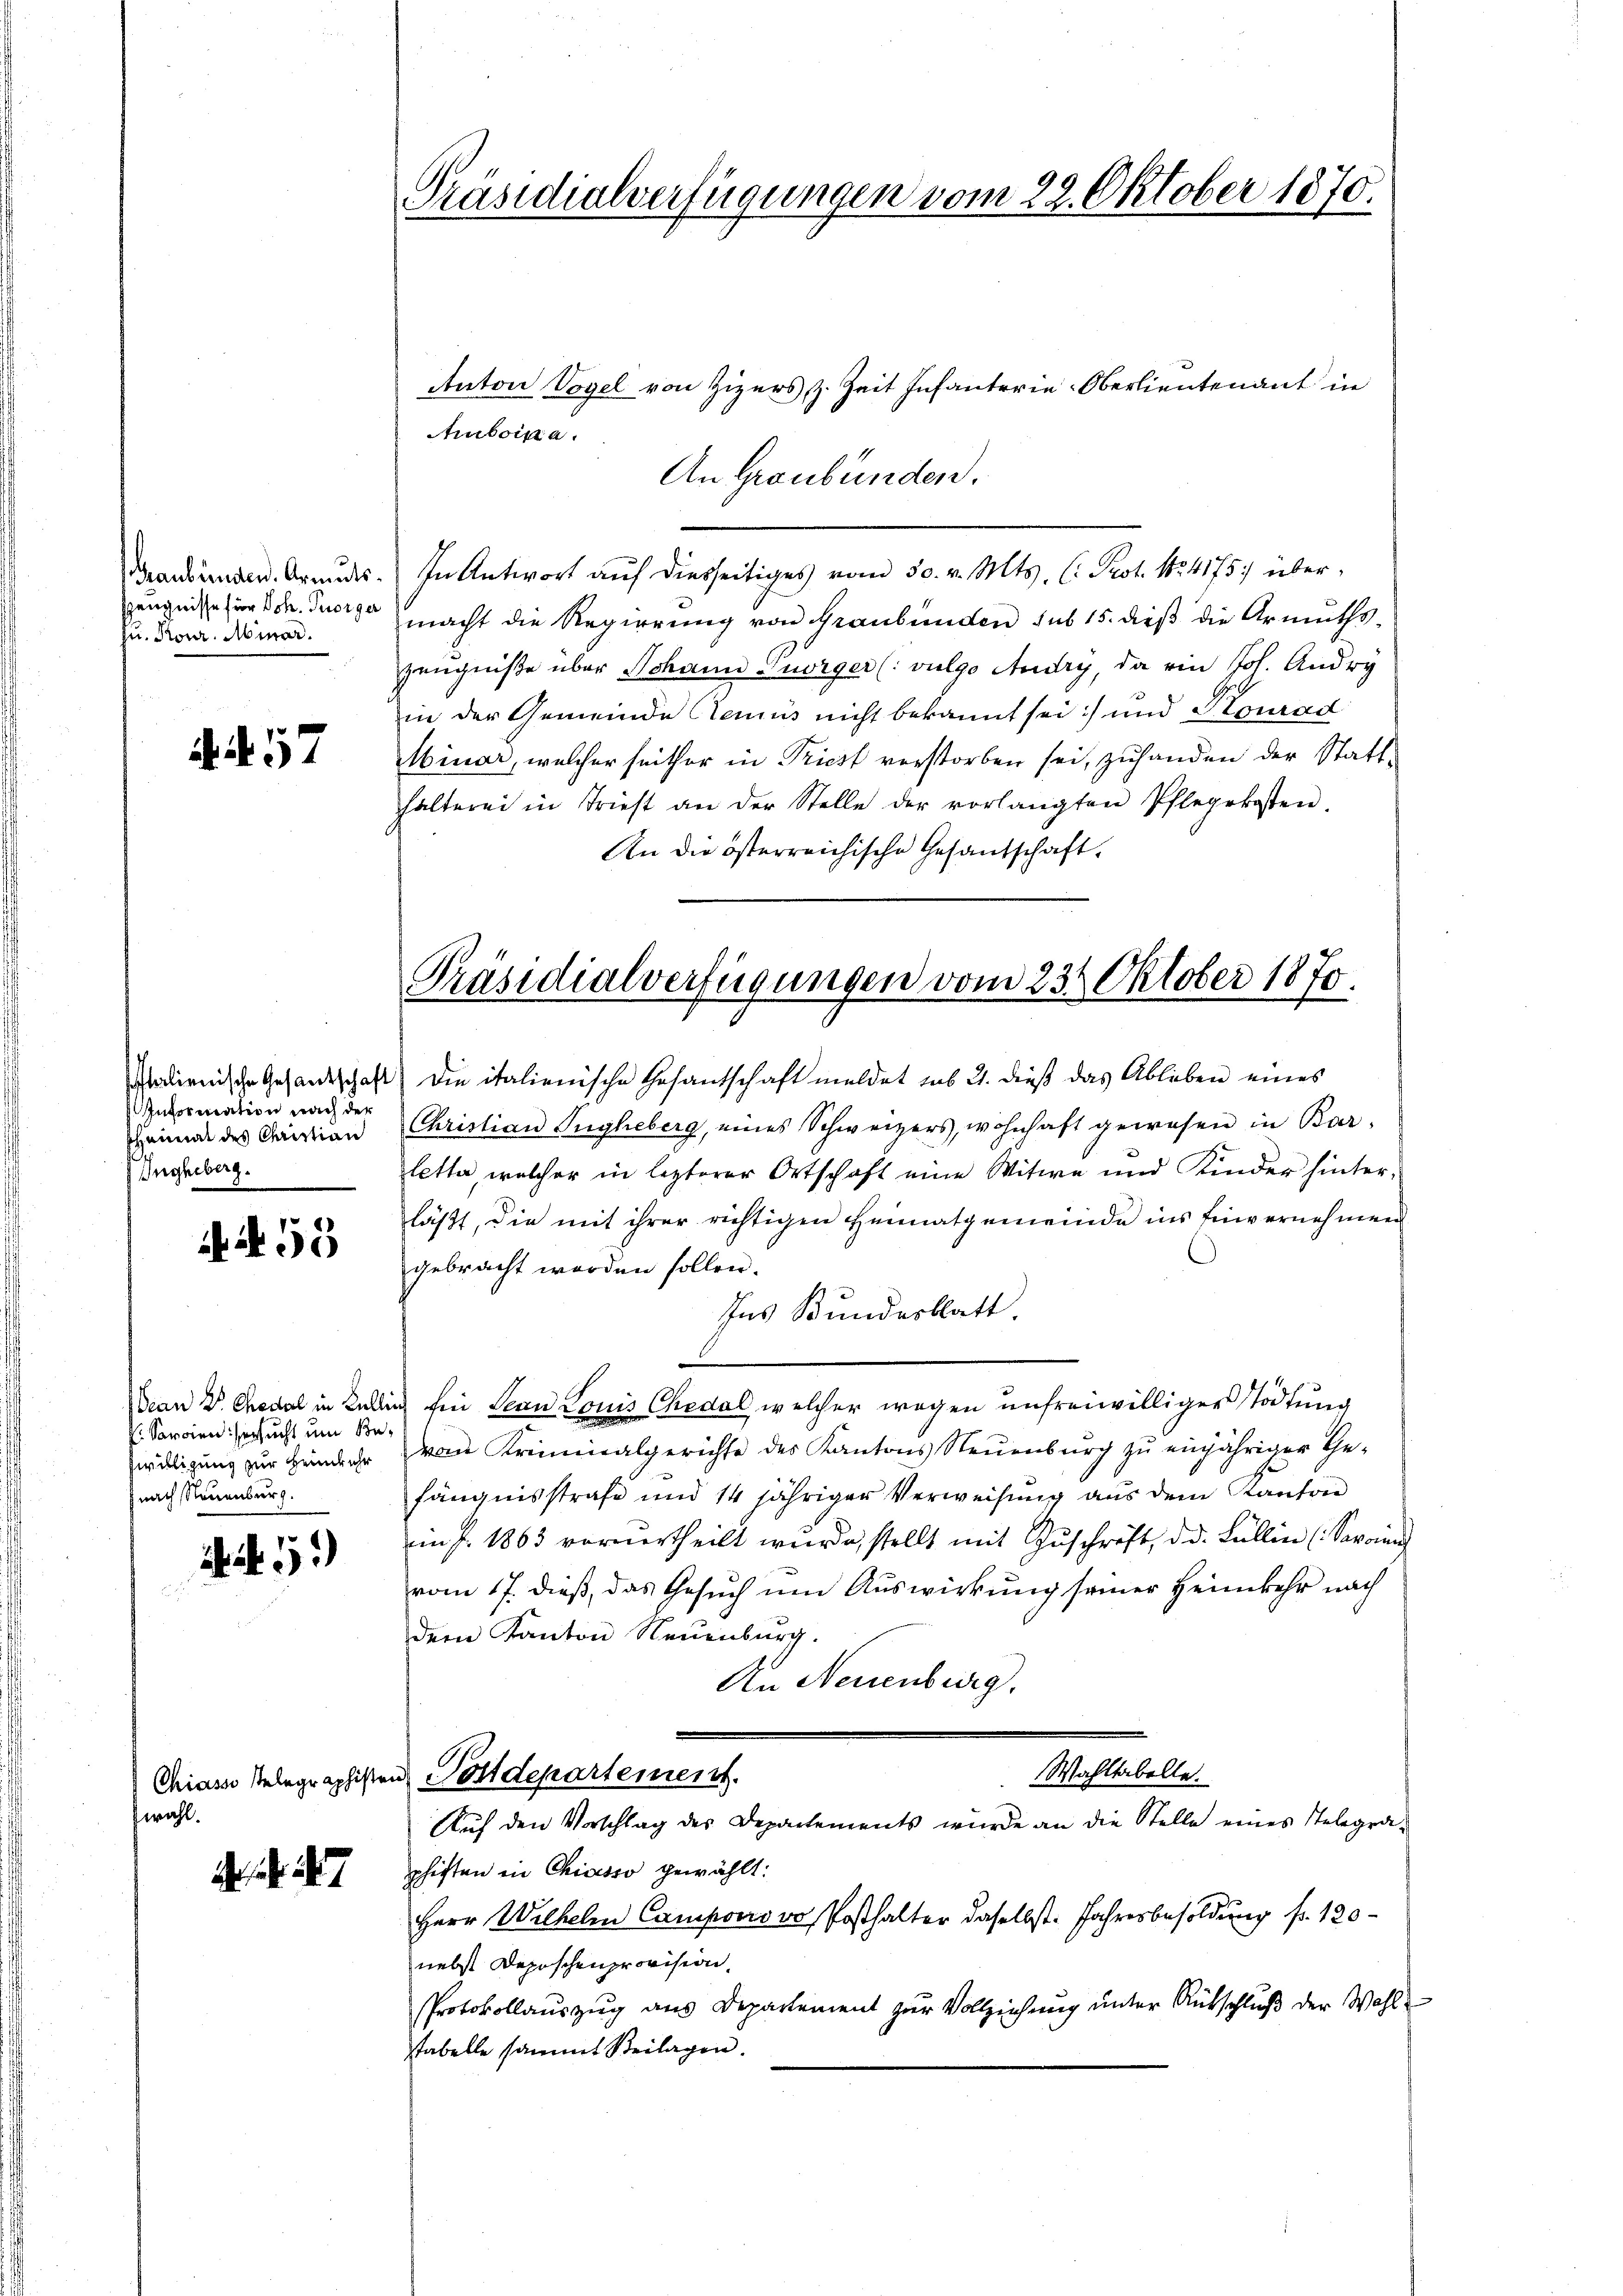
Zeugnisse für Joh. Tuorger
Zu. Konr. Minor.

57

Italienische Gesandtschaft
Information nach der
sheimal des Christian
Ingheberg.

A 55

P Sarrien ersucht um Be¬
Zwilligung zur Heimkehr
nach Neuenburg.

. 53

Chiasso stelegraphister
wahl.

Präsidialverfügungen vom 22. Oktober 1870.

Anton Vogel von Zizers, z. Zeit Infanterie-Oberlieutenant in
Aubois a.
An Graubünden.
Brandänden. Grades. In Antwort aŭf diesseitiges vom 30. v. Mts. C. Prot. No. 41757 übermacht die Regierŭng von Graubünden sub 15. dieβ die Armŭths-
Zeugniße über Johann Turger (: vulgo Audry, da ein Joh. Andry
in der Gemeinde Aenus nicht bekannt sei und Konrad
Abiuar, welcher seither in Priest verstorben sei, zuhanden der Statthalterei in Triest an der Stelle der vorlangten Pflegekosten.
An die österreichische Gesandschaft.

Präsidialverfügungen vom 234. Oktober 1870.

) Die italienische Gesantschaft meldet sub 21. dieβ das Ableben eines
Christian Ingheberg, eines Schweizers, wohnhaft gewesen in Bar-
lette, welcher in lezterer Ortschaft eine Witwe und Kinder hinter-
läßt, die mit ihrer richtigen Heimatgemeinde ins Einvernehmen
gebracht worden sollen.
Ins Bundesblatt.
Dean Dr. Chedal in Bellich bei Lean Louis Chedal, welcher wegen unfreiwilliger Tödtung
von Kriminalgerichte des Kantons Neuenburg zu einjähriger Gefängnisstrafe und 14 jähriger Verweisŭng aus dem Kanton
in P. 1863 verurtheilt wurde, stellt mit Zuschrift, d. d. Bullin (Seronen
vom 17. dieß, das Gesuch um Auswirkung seiner Heimkehr nach
dem Kanton Neuenburg.
An Neuenburg.
Wahltabelle.
u. Postdepartement.
Aŭf den Vorschlag des Departements wurde an die Stelle eines Telegra-
phiften in Chiasso gewählt:
Herr Wilhelm Campono vo, Posthalter daselbst. Jahresbesoldung fr. 120
nebst Deposchenprovision.
Protokollauszug aus Departement zur Vollziehung unter Rütschluß der Wahl-
tabelle sammt Beilagen.